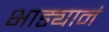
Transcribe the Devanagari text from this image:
भाड्यानं